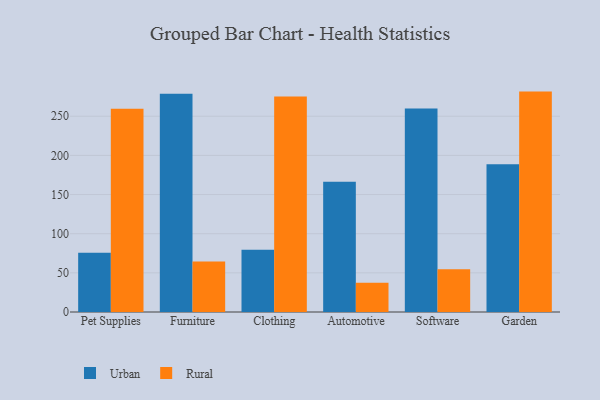
{"axis": {"x": "Category", "y": "Page Views"}, "legend": ["Rural", "Urban"], "data": [{"x": "Pet Supplies", "y": 75.6, "type": "Urban"}, {"x": "Pet Supplies", "y": 259.5, "type": "Rural"}, {"x": "Furniture", "y": 278.6, "type": "Urban"}, {"x": "Furniture", "y": 64.5, "type": "Rural"}, {"x": "Clothing", "y": 79.5, "type": "Urban"}, {"x": "Clothing", "y": 275.3, "type": "Rural"}, {"x": "Automotive", "y": 166.5, "type": "Urban"}, {"x": "Automotive", "y": 37.3, "type": "Rural"}, {"x": "Software", "y": 260.0, "type": "Urban"}, {"x": "Software", "y": 54.5, "type": "Rural"}, {"x": "Garden", "y": 188.8, "type": "Urban"}, {"x": "Garden", "y": 281.5, "type": "Rural"}]}